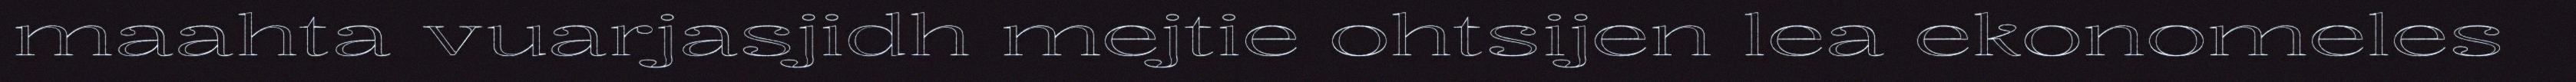
maahta vuarjasjidh mejtie ohtsijen lea ekonomeles